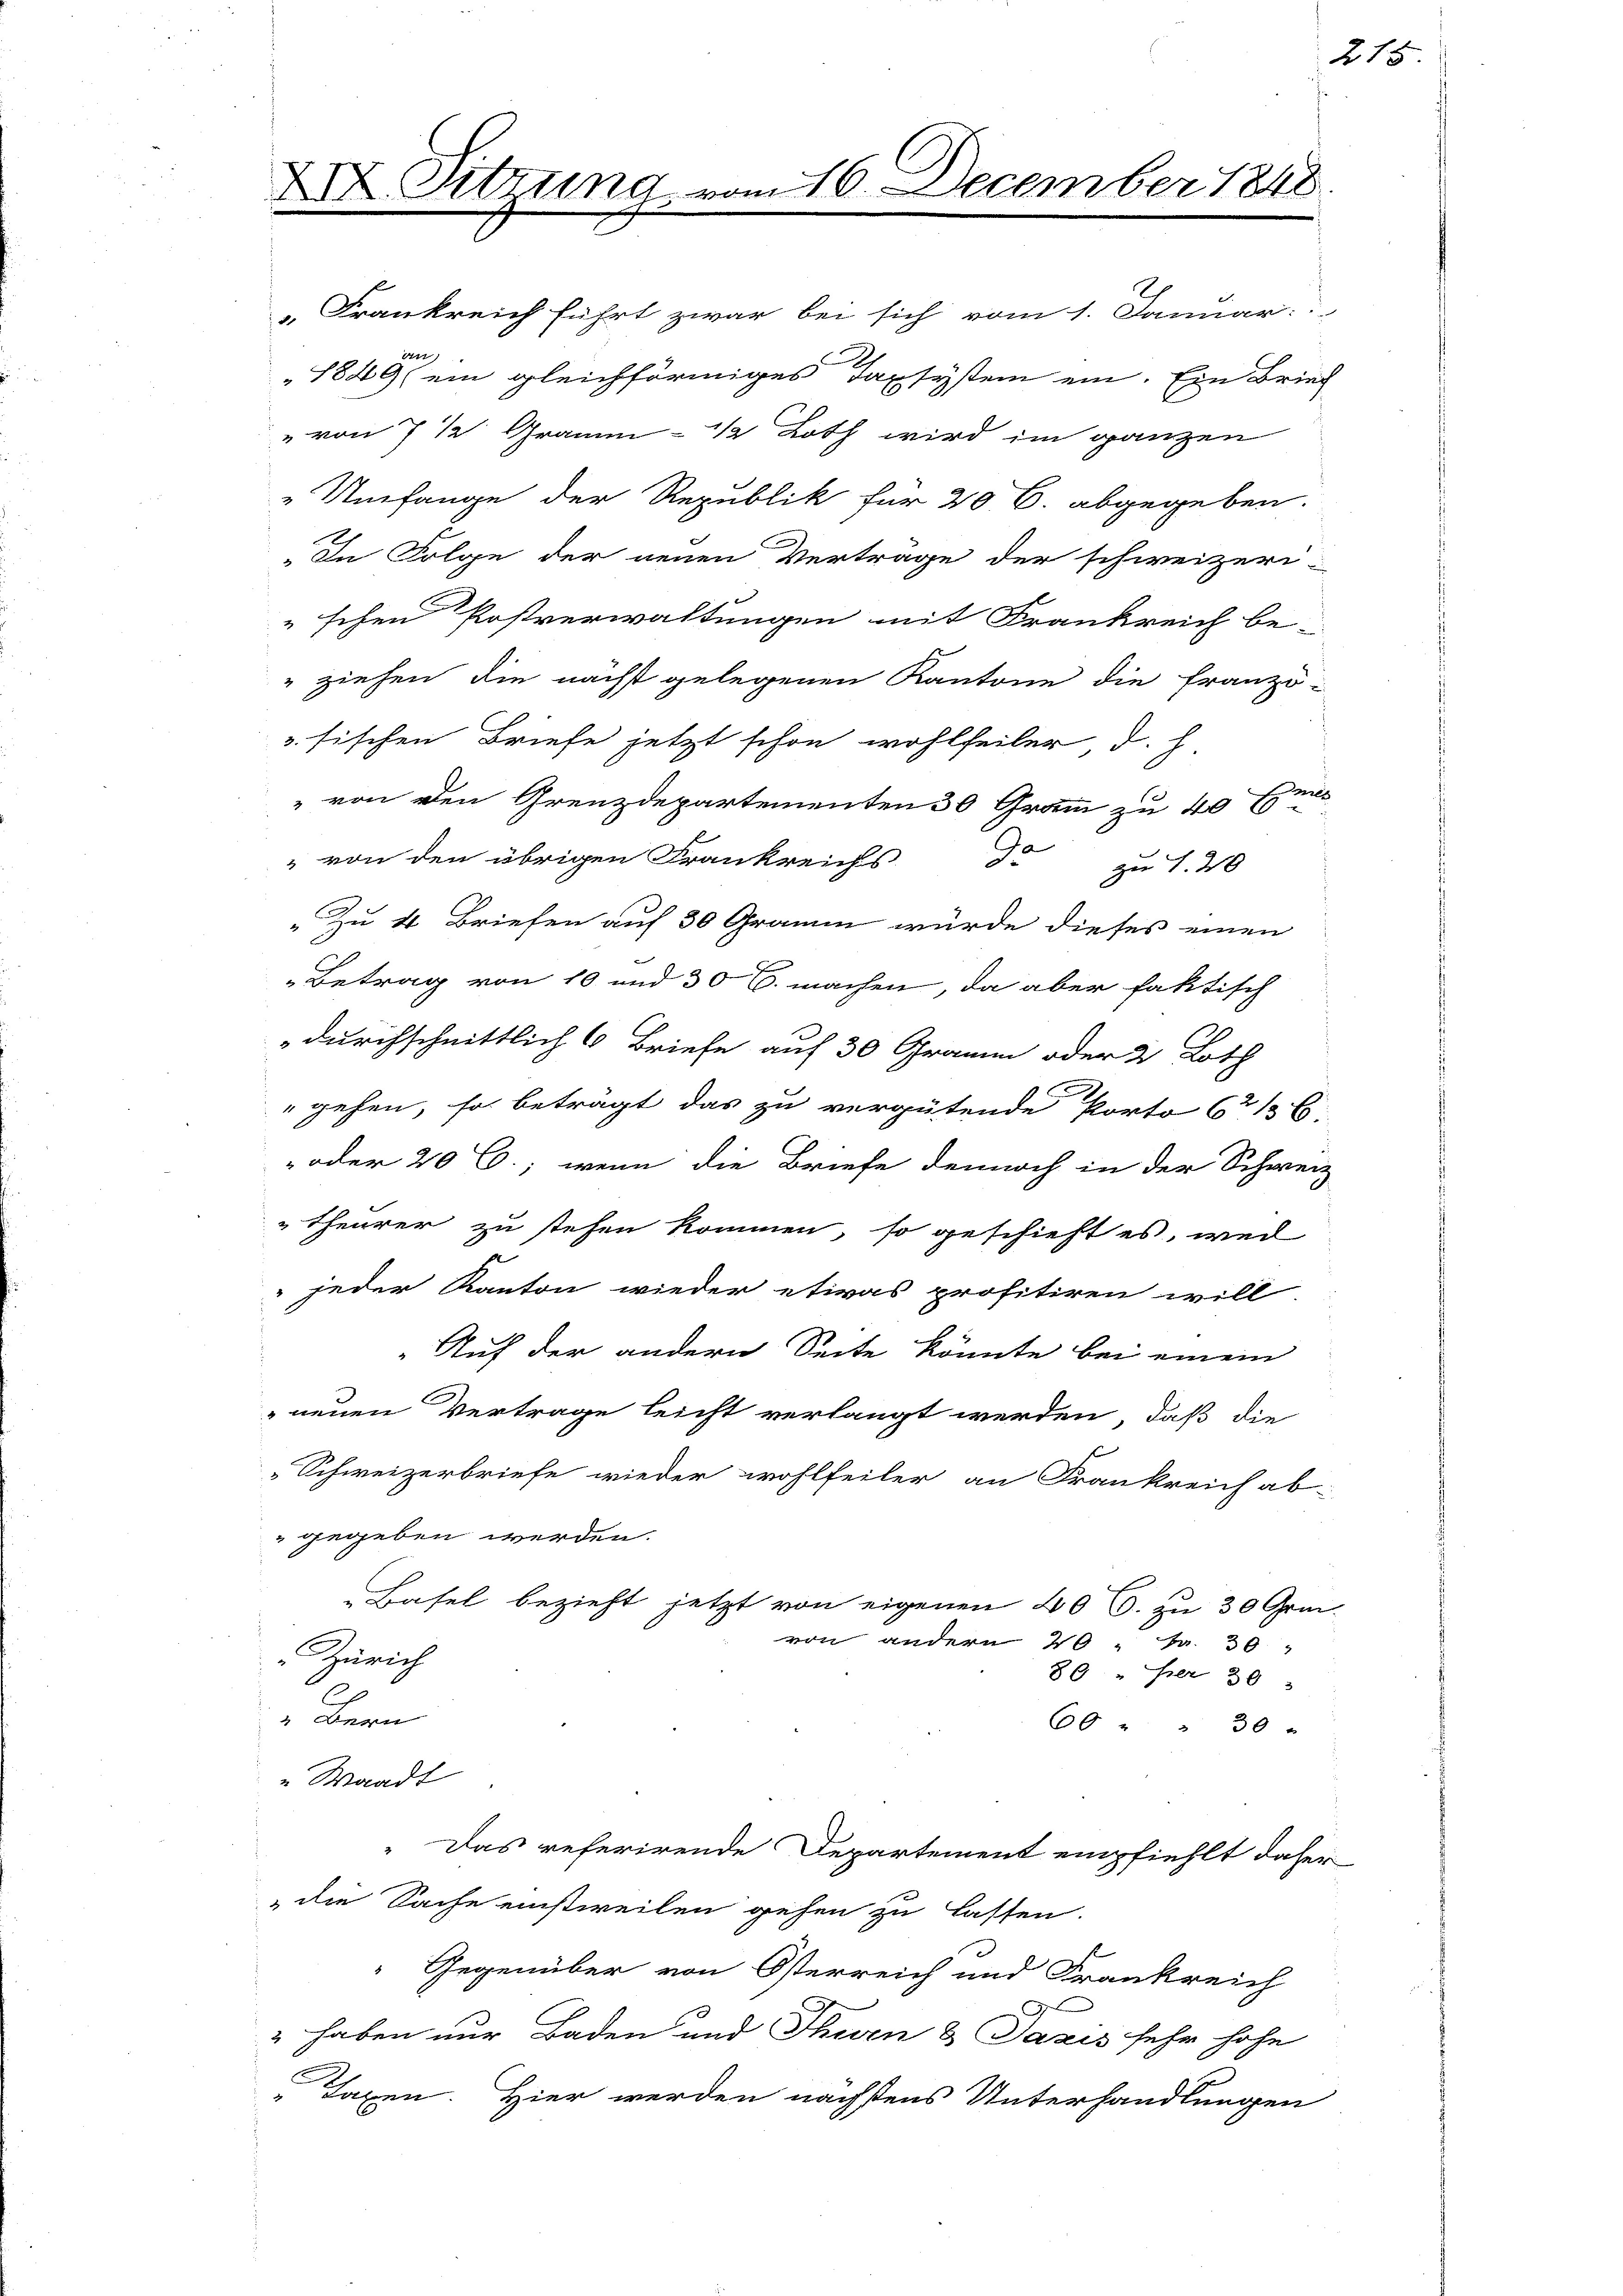
XXX. Sitzung vom 16. December 1848

„Frankreich führt zwar bei sich vom 1. Januar.
en
1849 ein gleichförmiges Taxsystem ein. Ein Brief
" von 7 ½ Gramm- ½ Loth wird im ganzen
"Umfange der Republik für 20 C. abgegeben.
„In Folge der neuen Verträge der schweizeri-
schen Postverwaltungen mit Frankreich be-
" ziehen die nächst gelegenen Kantone die Franzö-
3. fischen Briefe jetzt schon wohlfeiler d. h.
" von den Grenzdepartementen 30 Gramm zu 40 Em
" von den übrigen Frankreichs de zu 1. 40
Zu 4. Briefen auf 30 Gramm würde dieses einen
„Betrag von 10 und 30 l. machen, da aber faktisch
durchschnittlich 6 Briefe auf 30 Gramm oder 2 Loth
gehen, so beträgt das zu vergütende Porto (136:
oder 20 l., wenn die Briefe dennoch in der Schweiz
Theurer zu stehen kommen, so geschieht es, wel
jeder Kanton wieder etwas profitiren will-
Auf der andern Seite könnte bei einem
neuen Vertrage leicht verlangt werden, daß die
Schweizerbriefe wieder wohlfeiler an Frankreich ab-
gegeben werden.
Basel bezieht jetzt von eigenen 40 s. zu 30 Grm.
von andern 20 " Fr. 30 "
Zürich
80 " per 30
E
" Bern
60 " " 30
" Waadt
Das referirende Departement empfiehlt daher
"die Sache einstweilen gehen zu lassen.
Gegenüber von Österreich und Frankreich
" haben nur Baden und Thurn & Pazis sehr hohe
Jagen. Hier werden nächstens Unterhandlungen

215